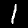
Digit: 1